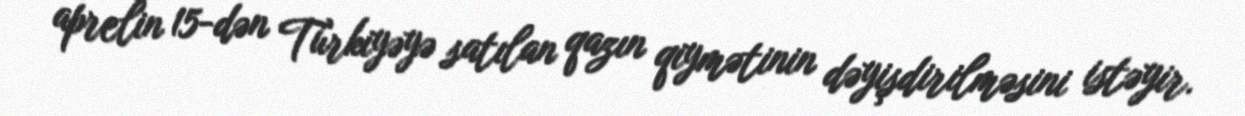
aprelin 15-dən Türkiyəyə satılan qazın qiymətinin dəyişdirilməsini istəyir.